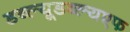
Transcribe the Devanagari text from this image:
डब्ल्यूडब्ल्यएफ